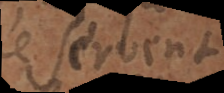
ne servent